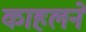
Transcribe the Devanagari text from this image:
काहलने